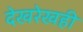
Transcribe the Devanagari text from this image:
देखरेखही